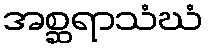
အစ္ဆရာသံဃံ